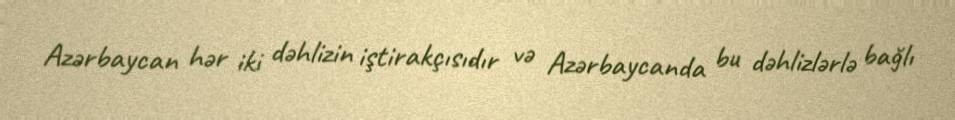
Azərbaycan hər iki dəhlizin iştirakçısıdır və Azərbaycanda bu dəhlizlərlə bağlı